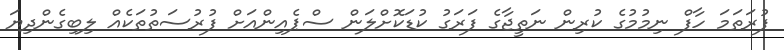
ފުރަތަމަ ހާފް ނިމުމުގެ ކުރިން ނަތީޖާގެ ފަރަގު ކުޑަކޮށްލަން ސްޕެއިންއަށް ފުރުސަތުތަކެއް ލިބިގެންދިޔަ